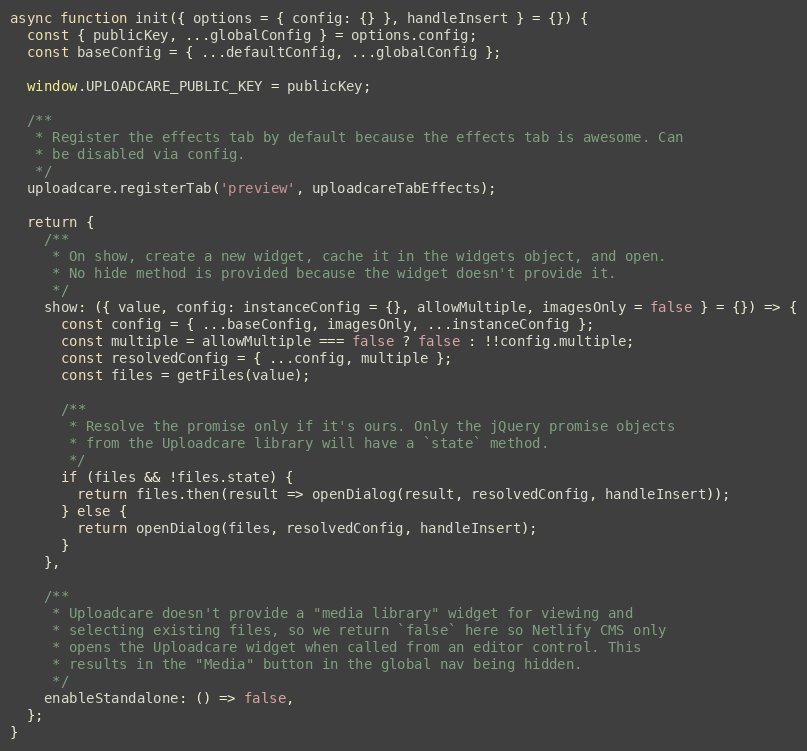
Language: JavaScript
async function init({ options = { config: {} }, handleInsert } = {}) {
  const { publicKey, ...globalConfig } = options.config;
  const baseConfig = { ...defaultConfig, ...globalConfig };

  window.UPLOADCARE_PUBLIC_KEY = publicKey;

  /**
   * Register the effects tab by default because the effects tab is awesome. Can
   * be disabled via config.
   */
  uploadcare.registerTab('preview', uploadcareTabEffects);

  return {
    /**
     * On show, create a new widget, cache it in the widgets object, and open.
     * No hide method is provided because the widget doesn't provide it.
     */
    show: ({ value, config: instanceConfig = {}, allowMultiple, imagesOnly = false } = {}) => {
      const config = { ...baseConfig, imagesOnly, ...instanceConfig };
      const multiple = allowMultiple === false ? false : !!config.multiple;
      const resolvedConfig = { ...config, multiple };
      const files = getFiles(value);

      /**
       * Resolve the promise only if it's ours. Only the jQuery promise objects
       * from the Uploadcare library will have a `state` method.
       */
      if (files && !files.state) {
        return files.then(result => openDialog(result, resolvedConfig, handleInsert));
      } else {
        return openDialog(files, resolvedConfig, handleInsert);
      }
    },

    /**
     * Uploadcare doesn't provide a "media library" widget for viewing and
     * selecting existing files, so we return `false` here so Netlify CMS only
     * opens the Uploadcare widget when called from an editor control. This
     * results in the "Media" button in the global nav being hidden.
     */
    enableStandalone: () => false,
  };
}